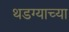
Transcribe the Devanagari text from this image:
थडग्याच्या